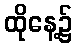
ထိုနေ့၌